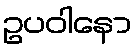
ဥပဝါနော